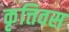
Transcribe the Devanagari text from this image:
कृत्तिवस